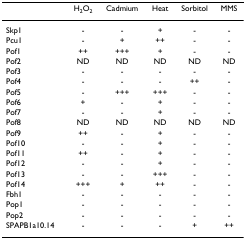
<table><thead><tr><td></td><td><b>H<sub>2</sub>O<sub>2</sub></b></td><td><b>Cadmium</b></td><td><b>Heat</b></td><td><b>Sorbitol</b></td><td><b>MMS</b></td></tr></thead><tbody><tr><td>Skp1</td><td>-</td><td>-</td><td>+</td><td>-</td><td>-</td></tr><tr><td>Pcu1</td><td>-</td><td>+</td><td>++</td><td>-</td><td>-</td></tr><tr><td>Pof1</td><td>++</td><td>+++</td><td>+</td><td>-</td><td>-</td></tr><tr><td>Pof2</td><td>ND</td><td>ND</td><td>ND</td><td>ND</td><td>ND</td></tr><tr><td>Pof3</td><td>-</td><td>-</td><td>-</td><td>-</td><td>-</td></tr><tr><td>Pof4</td><td>-</td><td>-</td><td>-</td><td>++</td><td>-</td></tr><tr><td>Pof5</td><td>-</td><td>+++</td><td>+++</td><td>-</td><td>-</td></tr><tr><td>Pof6</td><td>+</td><td>-</td><td>+</td><td>-</td><td>-</td></tr><tr><td>Pof7</td><td>-</td><td>-</td><td>+</td><td>-</td><td>-</td></tr><tr><td>Pof8</td><td>ND</td><td>ND</td><td>ND</td><td>ND</td><td>ND</td></tr><tr><td>Pof9</td><td>++</td><td>-</td><td>+</td><td>-</td><td>-</td></tr><tr><td>Pof10</td><td>-</td><td>-</td><td>+</td><td>-</td><td>-</td></tr><tr><td>Pof11</td><td>++</td><td>-</td><td>+</td><td>-</td><td>-</td></tr><tr><td>Pof12</td><td>-</td><td>-</td><td>+</td><td>-</td><td>-</td></tr><tr><td>Pof13</td><td>-</td><td>-</td><td>+++</td><td>-</td><td>-</td></tr><tr><td>Pof14</td><td>+++</td><td>+</td><td>++</td><td>-</td><td>-</td></tr><tr><td>Fbh1</td><td>-</td><td>-</td><td>-</td><td>-</td><td>-</td></tr><tr><td>Pop1</td><td>-</td><td>-</td><td>-</td><td>-</td><td>-</td></tr><tr><td>Pop2</td><td>-</td><td>-</td><td>-</td><td>-</td><td>-</td></tr><tr><td>SPAPB1a10.14</td><td>-</td><td>-</td><td>-</td><td>+</td><td>++</td></tr></tbody></table>